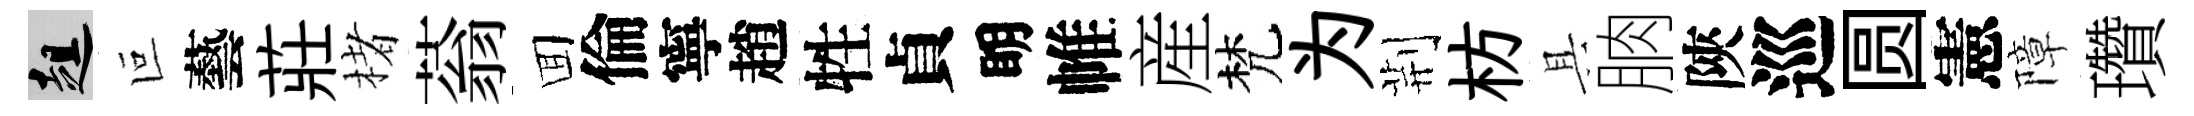
趄叵藝莊楮蓊囬倫寧趙牲貞眀帷産梵为荆枋具朒陝巡圆憲障瓚